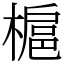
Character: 槴